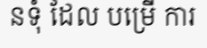
នទុំ ដែល បម្រើ ការ